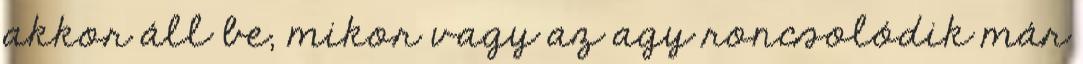
akkor áll be, mikor vagy az agy roncsolódik már